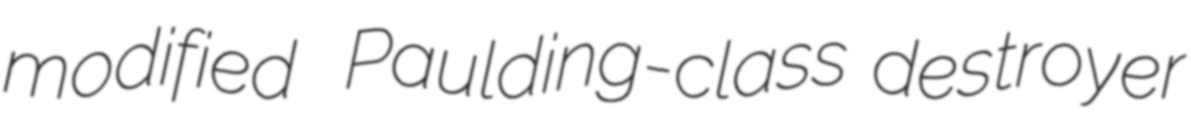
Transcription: modified  Paulding-class destroyer